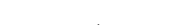
٣٩